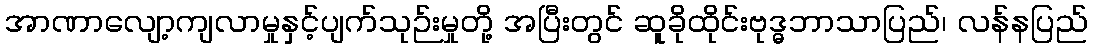
အာဏာလျော့ကျလာမှုနှင့်ပျက်သုဉ်းမှုတို့ အပြီးတွင် ဆူခိုထိုင်းဗုဒ္ဓဘာသာပြည်၊ လန်နပြည်